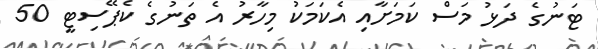
ޓަނުގެ ދަޅު މަސް ކަމަށާއި އެކަމަކު މިހާރު އެ ތަނުގެ ކެޕޭސިޓީ 50